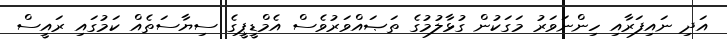
އަދި ނައިފަރާއި ހިންނަވަރު މަގަކުން ގުޅާލުމުގެ ތަޞައްވަރުވެސް އެމްޑީޕީގެ ސިޔާސަތެއް ކަމުގައި ރައީސް